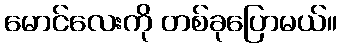
မောင်လေးကို တစ်ခုပြောမယ်။